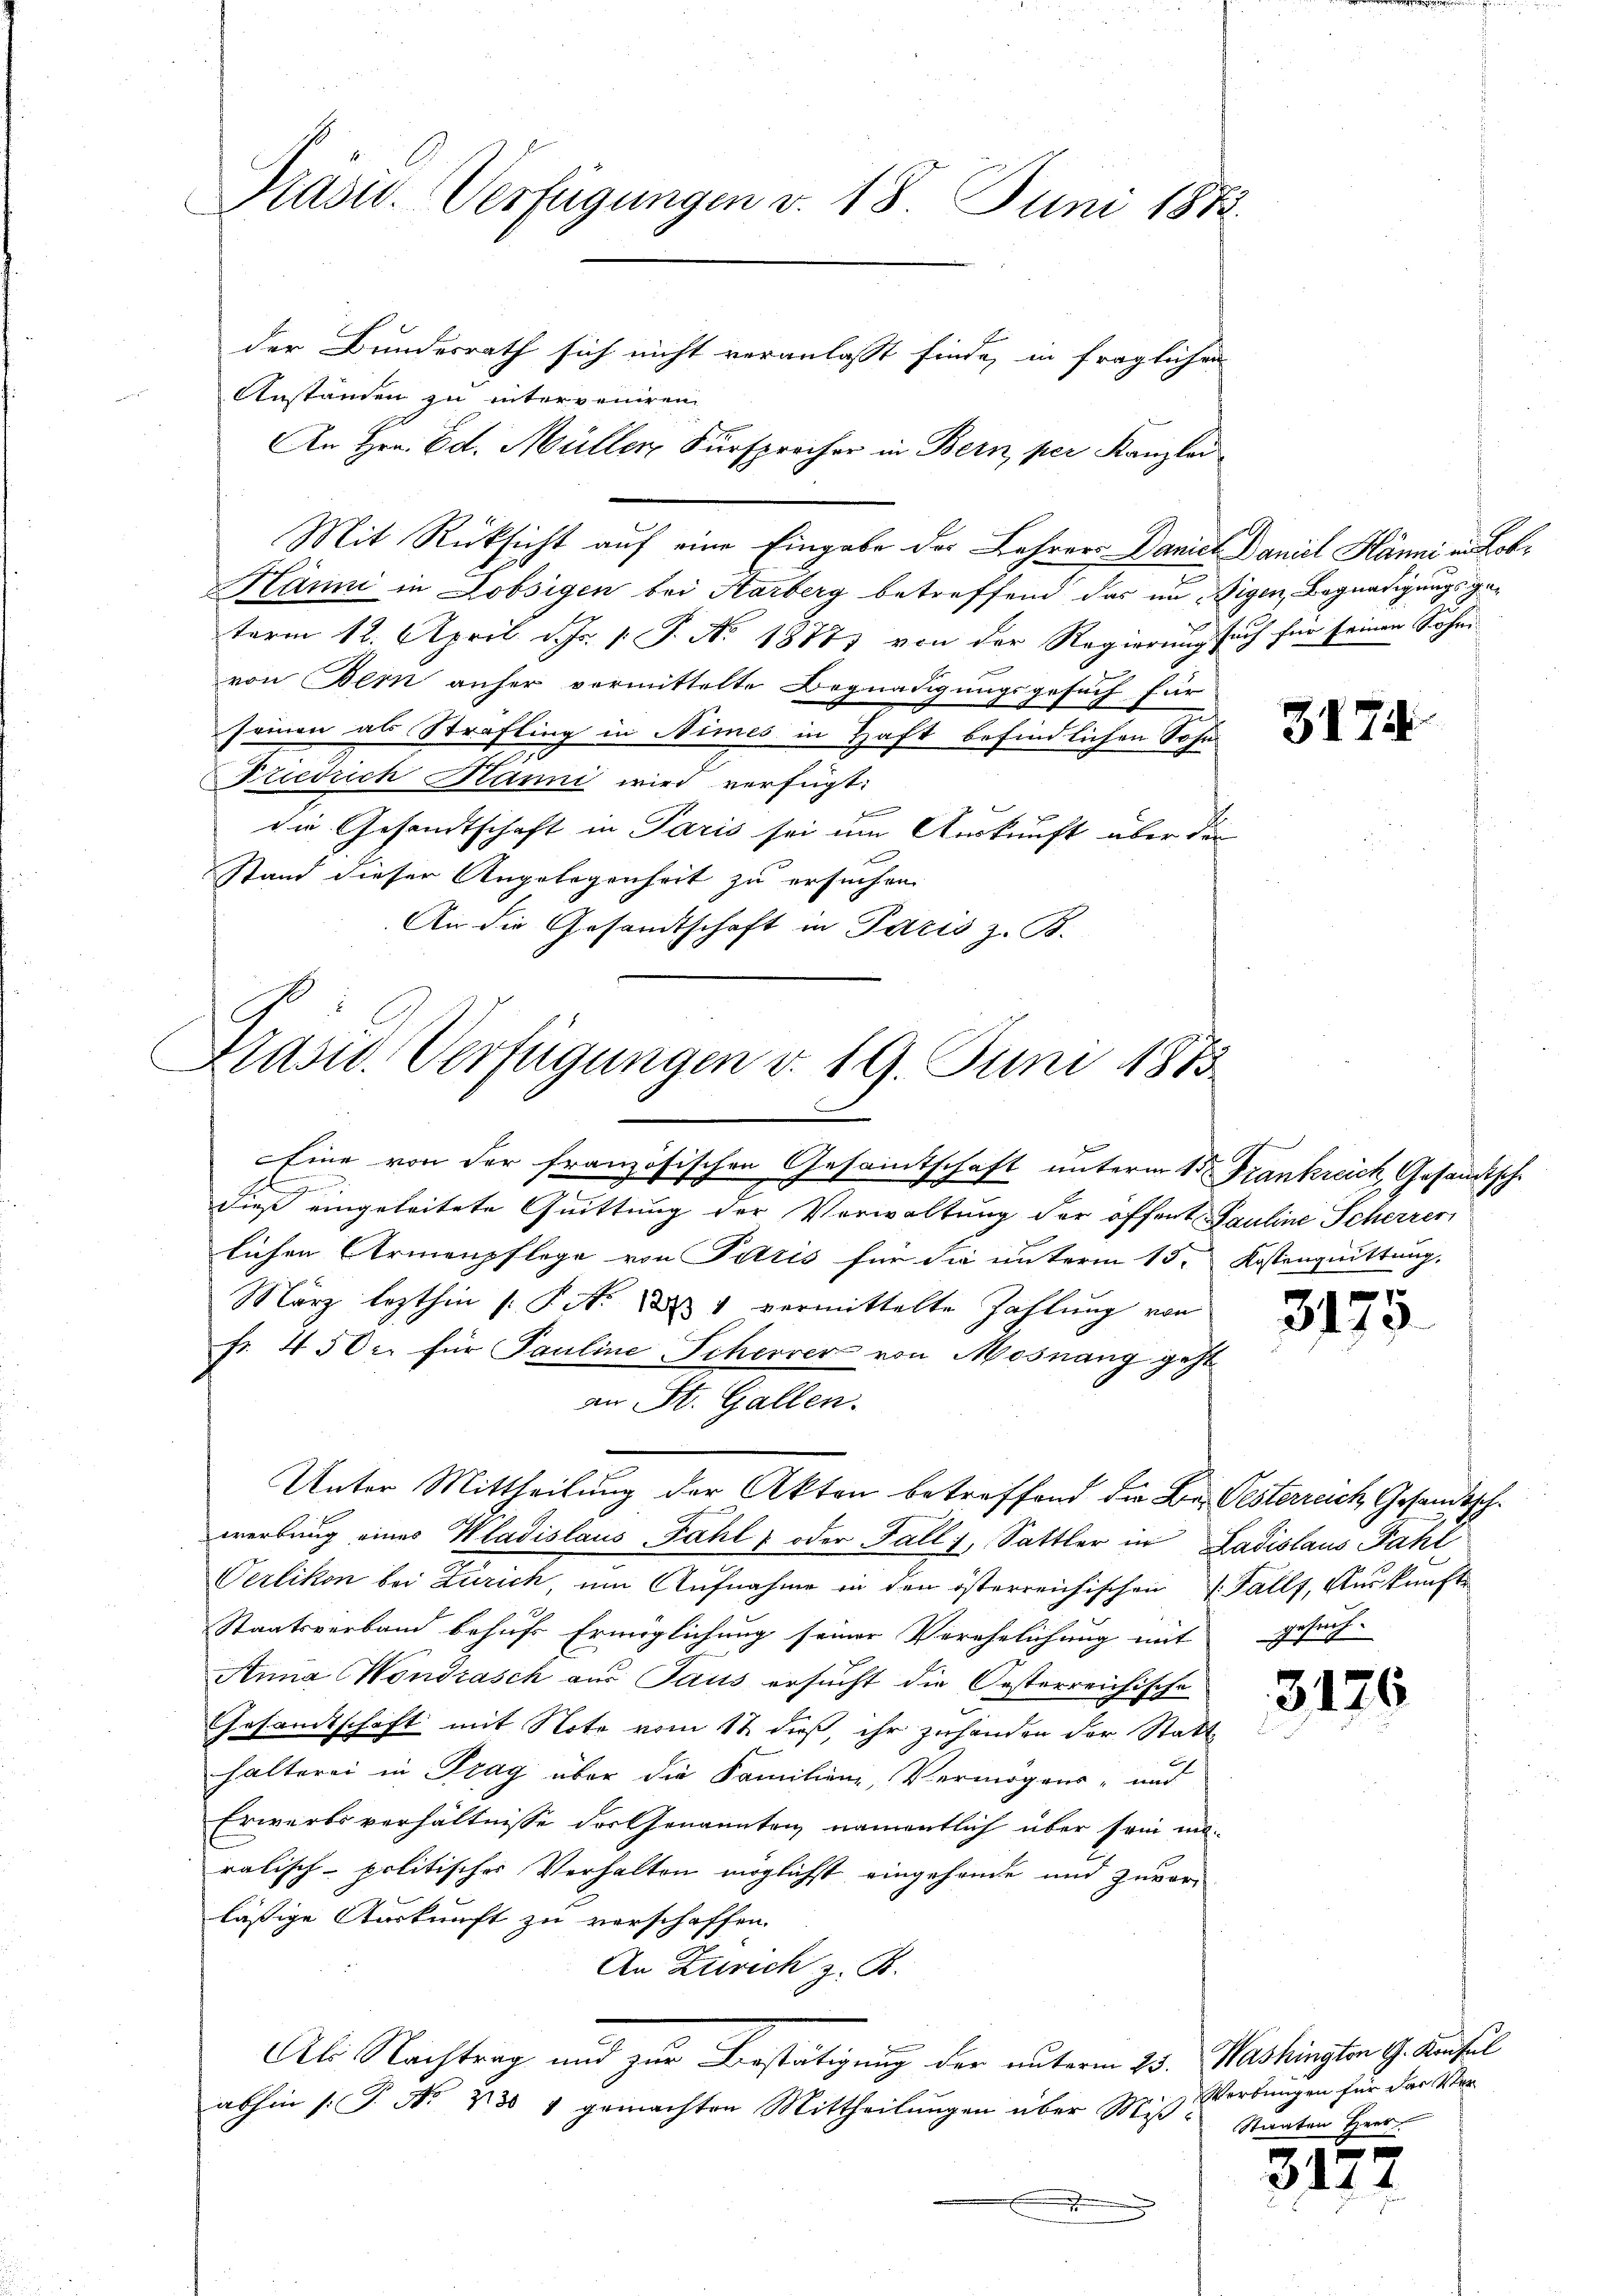
Präsid. Verfügungen v. 18. Juni 1873.
der Bundesrath sich nicht veranlasst finde, in fraglichen

Anstanden zu interveniren.
An Hrn. Ed. Müller Fürsprecher in Bern, per Kanzlei
Mit Rücksicht auf eine Eingabe der Lehrers Daniel Daniel Hänni in Lob¬
Hänni in Lobsigen bei Karberg betreffend das im Eigen Begnadigungsgeterm 12. April d. Js. v. J. No. 1888) von der Regierung such für seinen Sohni
von Bern anher vermittelte Begnadigungsgesuch für
seinen als Strafling in Nimes in Haft befindlichen Sohn
Friedrich Hanni wird verfügt:
f
die Gesandtschaft in Paris sei im Auskunft über die
Stand dieser Angelegenheit zu ersuchen.
An die Gesandtschaft in Paris z. B.

Präsid. Verfügungen d. 19. Juni 1873.

Eine von der französischen Gesammtschaft unterm 1ten Frankreich, Gesandtsch
dieß eingeleitete Quittung der Verwaltung der offent Pauline Scherrer
lichen Armenpflege von Petris für die unterm 15. Kostenguittung,
März lezthin (: P. Nr. 1884 vermittelte Zahlung von
fr. 450 c. für Pauline Scherrer von Mosnang geht
an St. Gallen.
werbung eines Wladislaus Fahl - oder Fall, Sattler in Ladislaus Fahl
Verlikon bei Zürich, um Aufnahme in den österreichischen Falls, Auskunft
Staatsverband behufs Ermöglichung seiner Verehelichung mit gesuch-
Anna Nondrasch aus Taus ersucht die Oesterreichische
Gesandtschaft mit Note vom 12. dieß, ihr zuhanden der Statt-
halterei in Prag über die Familien, Vermögens- und
Erwerbsverhältnisse der Genannten, namentlich über sein maralisch-politischer Verhalten möglichst eingehende und zuvor-
lässige Auskunft zu verschaffen.
An Zürich z. B.
Als Nachtrag und zur Bestätigung der unterm 25. Mashingten 9. Aussel
abhin (T. No 238 v gemachten Mittheilungen über Miß¬
.

Unter Mittheilung der Akten betreffend die Be. Oesterreich Gesandtsch¬

3174.

schen

3175

3176

315

Werbungen für das Ver¬
Staaten Herr